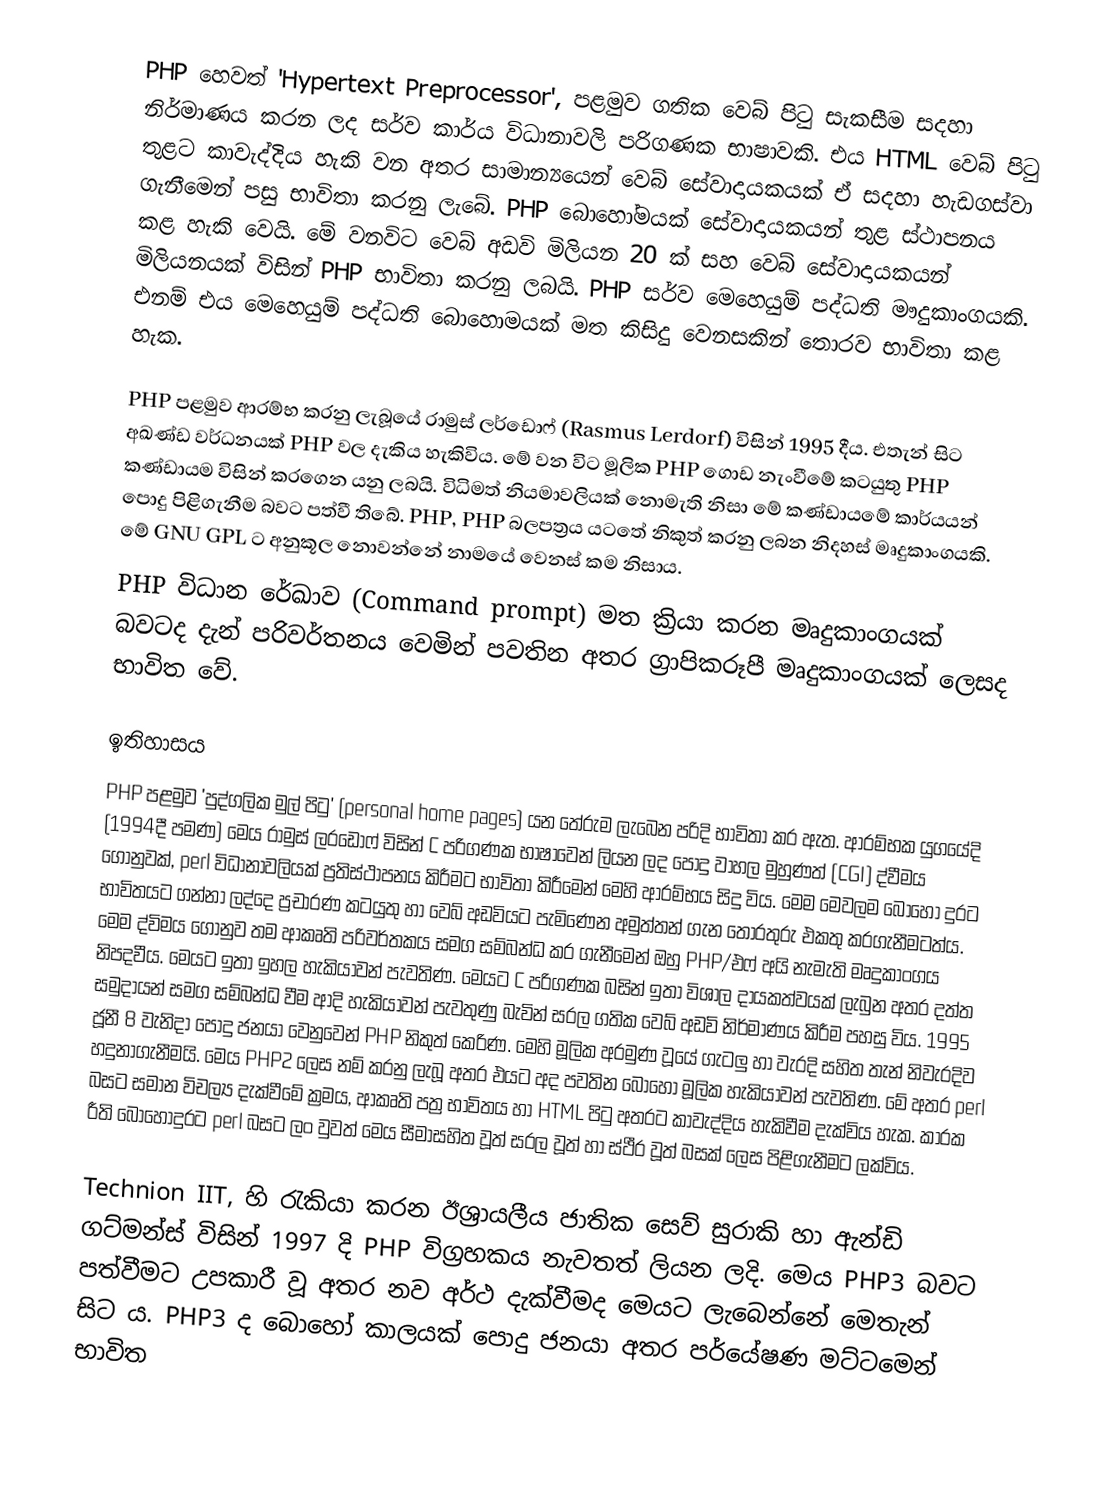
PHP හෙවත් 'Hypertext Preprocessor', පළමුව ගතික වෙබ් පිටු සැකසීම සදහා නිර්මාණය කරන ලද සර්ව කාර්ය විධානාවලි පරිගණක භාෂාවකි. එය HTML වෙබ් පිටු තුළට කාවැද්දිය හැකි වන අතර සාමාන්‍යයෙන් වෙබ් සේවාදායකයක් ඒ සදහා හැඩගස්වා ගැනීමෙන් පසු භාවිතා කරනු ලැබේ. PHP බොහෝමයක් සේවාදායකයන් තුළ ස්ථාපනය කළ හැකි වෙයි. මේ වනවිට වෙබ් අඩවි මිලියන 20 ක් සහ වෙබ් සේවාදායකයන් මිලියනයක් විසින් PHP භාවිතා කරනු ලබයි. PHP සර්ව මෙහෙයුම් පද්ධති මෟදුකාංගයකි. එනම් එය මෙහෙයුම් පද්ධති බොහොමයක් මත කිසිදු වෙනසකින් තොරව භාවිතා කළ හැක.

PHP පළමුව ආරම්භ කරනු ලැබූයේ රාමුස් ලර්ඩොෆ් (Rasmus Lerdorf) විසින් 1995 දීය. එතැන් සිට අඛණ්ඩ වර්ධනයක් PHP වල දැකිය හැකිවිය. මේ වන විට මූලික PHP ගොඩ නැංවීමේ කටයුතු PHP කණ්ඩායම විසින් කරගෙන යනු ලබයි. විධිමත් නියමාවලියක් නොමැති නිසා මේ කණ්ඩායමේ කාර්යයන් පොදු පිළිගැනීම බවට පත්වී තිබේ. PHP, PHP බලපත්‍රය යටතේ නිකුත් කරනු ලබන නිදහස් මෘදුකාංගයකි. මේ GNU GPL ට අනුකූල නොවන්නේ නාමයේ වෙනස් කම නිසාය.
PHP විධාන රේඛාව (Command prompt) මත ක්‍රියා කරන මෘදුකාංගයක් බවටද දැන් පරිවර්තනය වෙමින් පවතින අතර ග්‍රාපිකරූපී මෘදුකාංගයක් ලෙසද භාවිත වේ.

ඉතිහාසය
PHP පළමුව 'පුද්ගලික මුල් පිටු' (personal home pages) යන තේරුම ලැබෙන පරිදි භාවිතා කර ඇත. ආරම්භක යුගයේදි (1994දී පමණ) මෙය රාමුස් ලරඩොෆ් විසින් C පරිගණක භාෂාවෙන් ලියන ලද පොදු වාහල මුහුණත් (CGI) ද්වීමය ගොනුවක්, perl විධානාවලියක් ප්‍රතිස්ථාපනය කිරීමට භාවිතා කිරීමෙන් මෙහි ආරම්භය සිදු විය. මෙම මෙවලම බොහෝ දුරට භාවිතයට ගන්නා ලද්දෙ ප්‍රචාරණ කටයුතු හා වෙබ් අඩවියට පැමිණෙන අමුත්තන් ගැන තොරතුරු එකතු කරගැනීමටත්ය. මෙම ද්විමය ගොනුව තම ආකෘති පරිවර්තකය සමග සම්බන්ධ කර ගැනීමෙන් ඔහු PHP/එෆ් අයි නැමැති මෘදුකාංගය නිපදවීය. මෙයට ඉතා ඉහල හැකියාවන් පැවතිණ. මෙයට C පරිගණක බසින් ඉතා විශාල දායකත්වයක් ලැබුන අතර දත්ත සමුදායන් සමග සම්බන්ධ වීම ආදි හැකියාවන් පැවතුණු බැවින් සරල ගතික වෙබ් අඩවි නිර්මාණය කිරීම පහසු විය. 1995 ජූනී 8 වැනිදා පොදු ජනයා වෙනුවෙන් PHP නිකුත් කෙරිණ. මෙහි මූලික අරමුණ වූයේ ගැටලු හා වැරදි සහිත තැන් නිවැරදිව හදුනාගැනීමයි. මෙය PHP2 ලෙස නම් කරනු ලැබූ අතර එයට අද පවතින බොහෝ මූලික හැකියාවන් පැවතිණ. මේ අතර perl බසට සමාන විචල්‍ය දැක්වීමේ ක්‍රමය, ආකෘති පත්‍ර භාවිතය හා HTML පිටු අතරට කාවැද්දිය හැකිවීම දැක්විය හැක. කාරක රීති බොහෝදුරට perl බසට ලං වුවත් මෙය සීමාසහිත වූත් සරල වූත් හා ස්ථීර වූත් බසක් ලෙස පිළිගැනීමට ලක්විය.

Technion IIT, හි රැකියා කරන ඊශ්‍රායලීය ජාතික සෙව් සුරාකි හා ඇන්ඩි ගට්මන්ස් විසින් 1997 දි PHP විග්‍රහකය නැවතත් ලියන ලදි. මෙය PHP3 බවට පත්වීමට උපකාරී වූ අතර නව අර්ථ දැක්වීමද මෙයට ලැබෙන්නේ මෙතැන් සිට ය. PHP3 ද බොහෝ කාලයක් පොදු ජනයා අතර පර්යේෂණ මට්ටමෙන් භාවිත